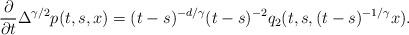
LaTeX: \begin{align*} \frac{\partial}{\partial t} \Delta^{\gamma/2} p(t,s,x) =(t-s)^{-d/\gamma}(t-s)^{-2}q_2(t,s,(t-s)^{-1/\gamma}x).\end{align*}